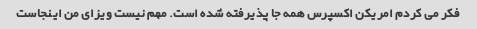
فکر می کردم امریکن اکسپرس همه جا پذیرفته شده است. مهم نیست ویزای من اینجاست